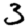
Digit: 3